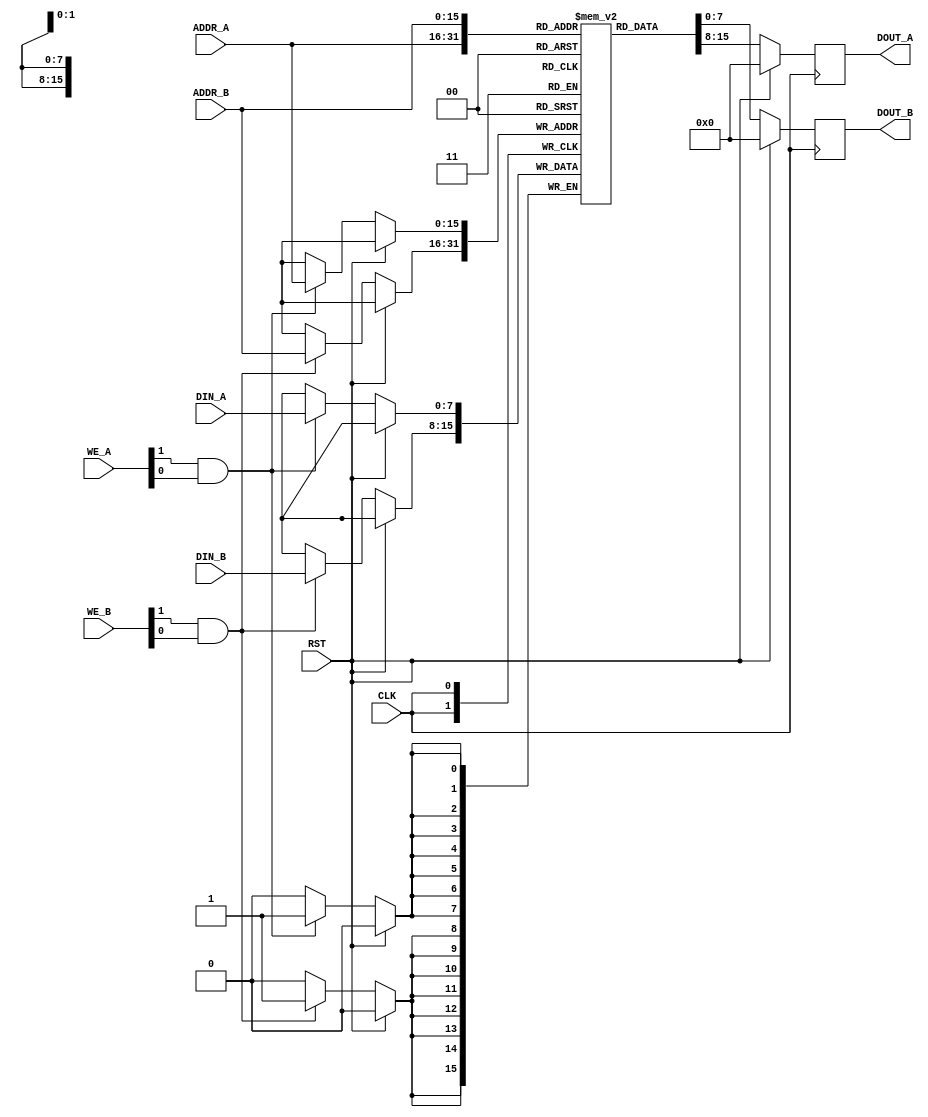
module QDR_SRAM (
    input wire CLK,
    input wire RST,
    input wire [15:0] ADDR_A,
    input wire [15:0] ADDR_B,
    input wire [1:0] WE_A,
    input wire [1:0] WE_B,
    input wire [7:0] DIN_A,
    input wire [7:0] DIN_B,
    output reg [7:0] DOUT_A,
    output reg [7:0] DOUT_B
);

reg [7:0] mem [0:65535];

always @(posedge CLK) begin
    if (RST) begin
        DOUT_A <= 8'b0;
        DOUT_B <= 8'b0;
    end else begin
        if (WE_A[1] && WE_A[0]) begin
            mem[ADDR_A] <= DIN_A;
        end
        if (WE_B[1] && WE_B[0]) begin
            mem[ADDR_B] <= DIN_B;
        end
        
        DOUT_A <= mem[ADDR_A];
        DOUT_B <= mem[ADDR_B];
    end
end

endmodule